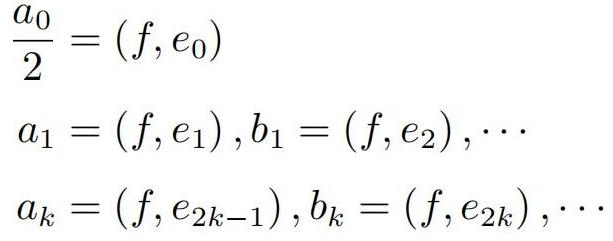
\[
\begin{align*}
\frac{a_0}{2}&=(f,e_0)\\
a_1&=(f,e_1),b_1=(f,e_2),\cdots\\
a_k&=(f,e_{2k - 1}),b_k=(f,e_{2k}),\cdots
\end{align*}
\]